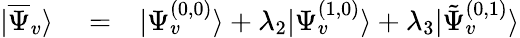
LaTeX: \begin{array}{rlr}{|\overline{{\Psi}}_{v}\rangle}&{{}=}&{|\Psi_{v}^{(0,0)}\rangle+\lambda_{2}|\Psi_{v}^{(1,0)}\rangle+\lambda_{3}|\tilde{\Psi}_{v}^{(0,1)}\rangle}\end{array}